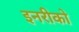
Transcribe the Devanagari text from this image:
इनरीको